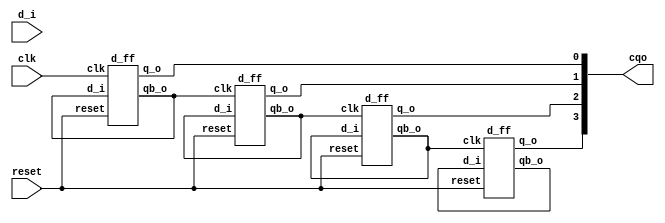
module acounter_up(clk, reset, d_i, cqo);
  input  [3:0] d_i;
  input  clk, reset;
  output [3:0] cqo;
  wire [3:0] cq; 
  wire [3:0]cqb;

  	  d_ff a(clk,reset,cqb[0],cq[0],cqb[0]);
  d_ff b(cqb[0],reset,cqb[1],cq[1],cqb[1]);
  d_ff c(cqb[1],reset,cqb[2],cq[2],cqb[2]);
  d_ff d(cqb[2],reset,cqb[3],cq[3],cqb[3]);
 assign cqo = cq;
endmodule


module d_ff(clk,reset,d_i,q_o,qb_o);
input clk,reset,d_i;
output q_o,qb_o;
reg q_o;
always@ (posedge clk or negedge reset)
begin
	if (~reset)
	 	q_o <=0;
	else
	  	q_o <=d_i;
end
assign qb_o =~ q_o;
endmodule